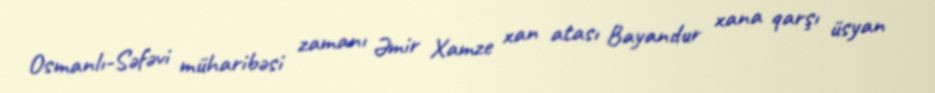
Osmanlı-Səfəvi müharibəsi zamanı Əmir Xamze xan atası Bayandur xana qarşı üsyan